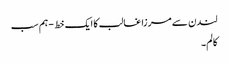
لندن سے مرزا غالب کا ایک خط - ہم سب
کالم۔